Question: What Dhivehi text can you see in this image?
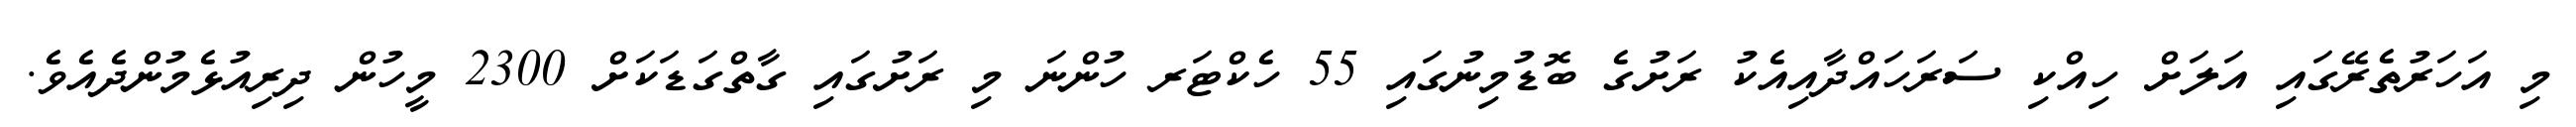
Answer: މި އަހަރުތެރޭގައި އަލަށް ހިއްކި ސަރަހައްދާއިއެކު ރަށުގެ ބޮޑުމިނުގައި 55 ހެކްޓަރ ހުންނަ މި ރަށުގައި ގާތްގަޑަކަށް 2300 މީހުން ދިރިއުޅެމުންދެއެވެ.